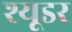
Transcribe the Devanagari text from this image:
श्यूडर